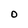
Character: O